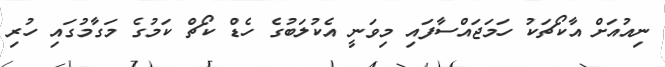
ނިއުއަށް އާކޯޗަކު ހަމަޖައްސާފައި މިވަނީ އެކުލަބުގެ ހެޑް ކޯޗް ކަމުގެ މަގާމުގައި ހުރި